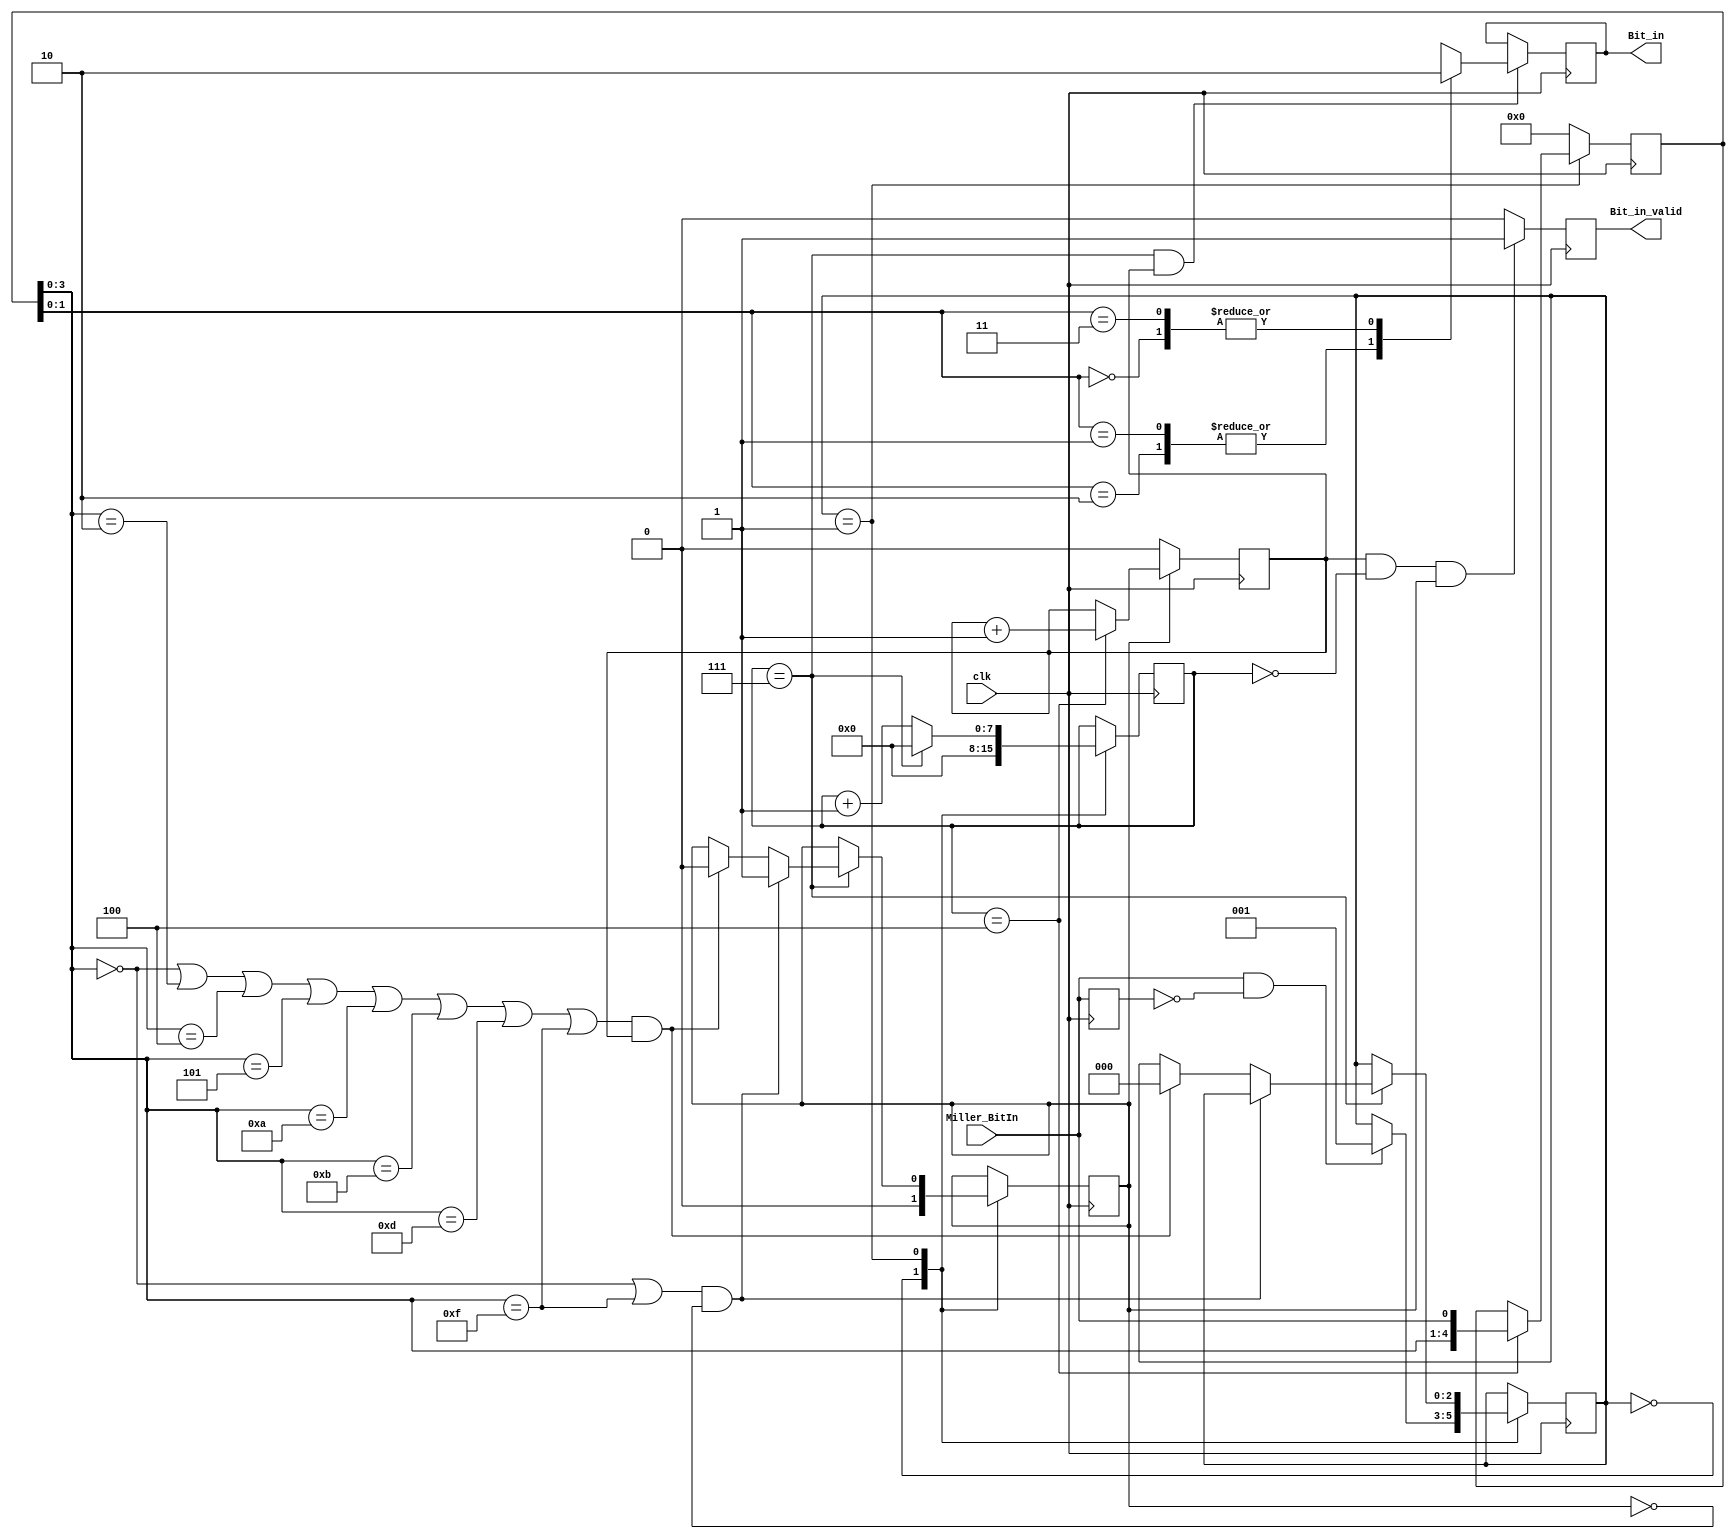
module Miller_Demodule(
 	input   		clk					,//32M      
    output reg  	Bit_in=0			,
    output reg  	Bit_in_valid=0		,        
    input    		Miller_BitIn       	//2M  
);
    
reg     [7:0]   	clk_cnt = 0			;
reg             	bit_cnt = 0			;
reg     [4:0]   	Miller_BitIn_tmp = 0;	
reg             	Bit_sync  = 0		;	
reg     [2:0]   	state_reg = 0		;	
reg             	Miller_BitIn_r1 = 0	;
wire            	Miller_BitIn_posedge = Miller_BitIn && (~Miller_BitIn_r1);

always @(posedge clk) begin
    Miller_BitIn_r1<=Miller_BitIn;
end
    
always @ (posedge clk) begin
    case (state_reg)
    0:begin
        clk_cnt<=0;
        Bit_sync<=0;
        if(Miller_BitIn_posedge)
            state_reg<=1;
    end    
    1:begin 
        if(clk_cnt==7)  //32M2M
            clk_cnt<=0;                                                         
        else
            clk_cnt<=clk_cnt+1; 
                         
        if(clk_cnt==7)
        begin                
            if((Miller_BitIn_tmp[3:0]==4'b0000 || Miller_BitIn_tmp[3:0]==4'b1111) && Bit_sync==0)//    
                Bit_sync<=1;                    
            else 
            if((Miller_BitIn_tmp[3:0]==4'b0000 || Miller_BitIn_tmp[3:0]==4'b0010
                || Miller_BitIn_tmp[3:0]==4'b0100 || Miller_BitIn_tmp[3:0]==4'b0101  
                || Miller_BitIn_tmp[3:0]==4'b1010  || Miller_BitIn_tmp[3:0]==4'b1011
                || Miller_BitIn_tmp[3:0]==4'b1101  || Miller_BitIn_tmp[3:0]==4'b1111) 
                && bit_cnt==1) //  
            begin
                Bit_sync<=0;
                state_reg<=0;
            end
            //else if(Miller_BitIn_tmp[4:0] == 5'b00000 || Miller_BitIn_tmp[4:0] == 5'b11111)  //5051Miller
            //    state_reg<=0;                 
        end   
                          
    end       
   endcase 
end

always @ (posedge clk) begin
    if(Bit_sync==1)
    begin
        if(clk_cnt==4)
            bit_cnt<=bit_cnt+1;
     end
     else
        bit_cnt<=0;
end
    
    
always @ (posedge clk) begin
    if(state_reg==1) begin
        if(clk_cnt==4)
            Miller_BitIn_tmp[4:0]<={Miller_BitIn_tmp[3:0],Miller_BitIn};
    end
    else
        Miller_BitIn_tmp[4:0]<=0;
end
    
always @ (posedge clk) begin
    if(clk_cnt==7 && bit_cnt==1) begin
         case(Miller_BitIn_tmp[1:0])
             2'b01,2'b10:Bit_in<=1;
             2'b11,2'b00:Bit_in<=0;
             default:Bit_in<=0;
      endcase
    end
end
    
always @ (posedge clk) begin
    if(bit_cnt==1 && clk_cnt==0 && Bit_sync==1) begin              
        Bit_in_valid<=1;              
    end
    else
        Bit_in_valid<=0; 

end
endmodule